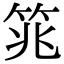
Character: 筄